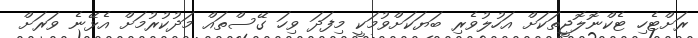
ރަށްޓެހި ޓެކްނޮލޮޖީތަކަށް އަހުލުވެރި ބަޔަކަށްވުމަކީ މިފަދަ ވިހަ ގޭސްތައް މަދުކުރުމަށް އެޅޭނެ ވަރަށް